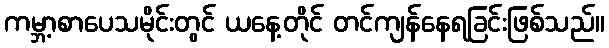
ကမ္ဘာ့စာပေသမိုင်းတွင် ယနေ့တိုင် တင်ကျန်နေရခြင်းဖြစ်သည်။